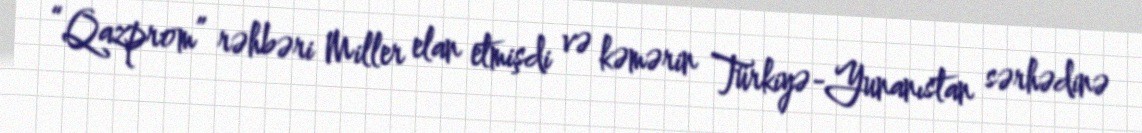
“Qazprom” rəhbəri Miller elan etmişdi və kəmərin Türkiyə-Yunanıstan sərhədinə